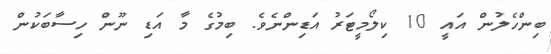
ބިންހެލުން އައީ 10 ކިލޯމީޓަރު އަޑިންނެވެ. ބިމުގެ މާ އަޑި ނޫން ހިސާބަކުން